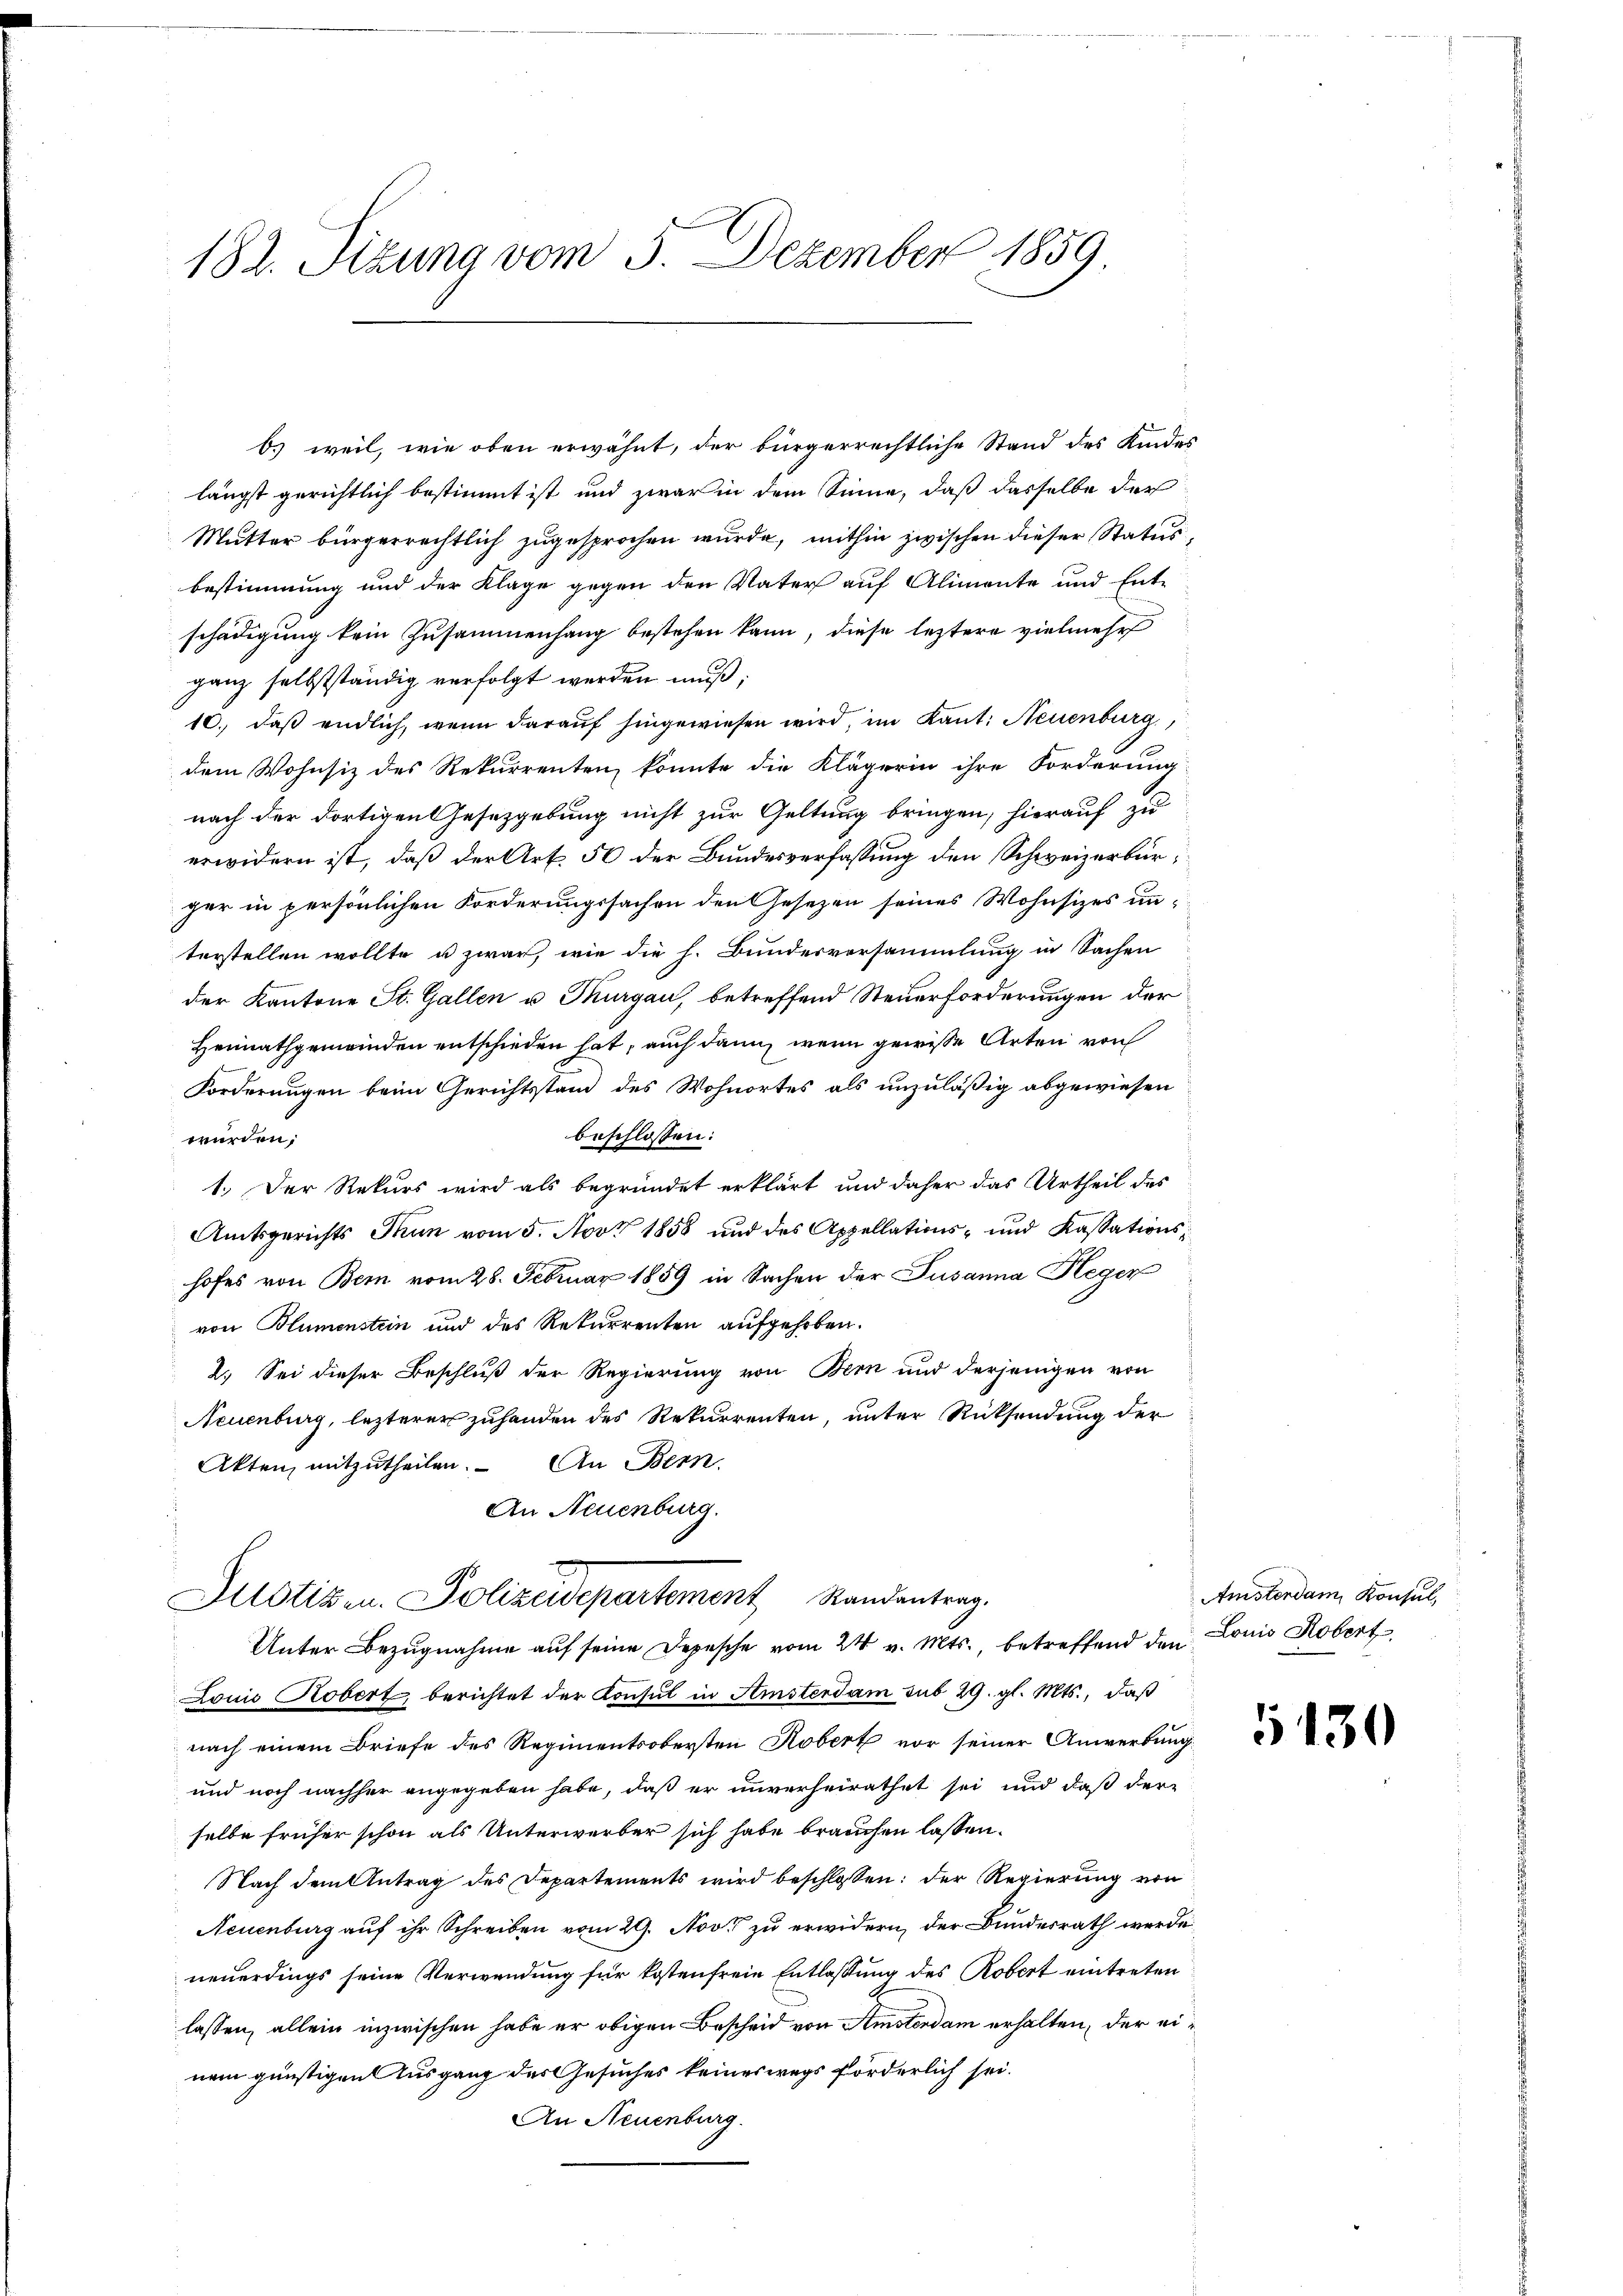
182. Setzung vom 3. Dezember 1859

b) weil, wie oben erwähnt, der bürgerrechtliche Stand des Kindes
längst gerichtlich bestimmt ist und zwar in dem Sinne, daß dasselbe der
Mutter bürgerrechtlich zugesprochen wurde, mithin zwischen dieser Statusbestimmung und der Klage gegen den Vater auf Alimente und Ent-
schädigung kein Zusammenhang bestehen kann, diese leztere vielmehr
ganz selbstständig verfolgt werden muß;
10.) daß endlich, wenn darauf hingewiesen wird, im Kant. Neuenburg,
dem Wohnsiz des Rekurrenten konnte die Klägerin ihre Forderung:
nach der dortigen Gesetzgebung nicht zur Geltung bringen, hierauf zu
erwidern ist, daß der Art. 56 der Bundesverfassung den Schweizerbürger in persönlichen Forderungssachen den Gesetzen seines Wohnsizes unterstellen wollte u zwar, wie die h. Bundesversammlung in Sachen
der Kantone St. Gallen u. Thurgau, betreffend Steuerforderungen der
Heimathgemeinden entschieden hat, auch dann, wenn gewisse Arten von
Forderungen beim Gerichtsstand des Wohnortes als unzuläßig abgewiesen
beschlossen:
würden;
1.) Der Rekurs wird als begründet erklärt und daher das Urtheil des
Amtsgerichts Thun vom 5. Nov 1858 und des Appellations- und Kassationshofes von Bei vom 28. Februar 1859 in Sachen der Susanna Heger
von Blumenstein und des Rekurrenten aufgehoben.
2. Sei dieser Beschluß der Regierung von Bern und derjenigen von
Neuenburg, lezterer zuhanden des Rekurrenten, unter Rücksendung der
Akten, mitzutheilen. An Bern.
An Neuenburg.
Justizen. Polizeidepartement Standentrag.
Unter Bezugnahme auf seine Depesche vom 24. v. Mts., betreffend den
Lonić Kobert, berichtet der Konsul in Amsterdam sub 29. gl. Mts., daß
nach einem Briefe des Regimentsobersten Kobert vor seiner Anwerbung
und noch nachher angegeben habe, daß er unverheirathet sei, und daß der-
selbe früher schon als Unterwerber sich habe brauchen lassen.
Nach dem Antrag des Departements wird beschlossen: der Regierung von
Neuenburg auf ihr Schreiben vom 29. Nov. zu erwidern, der Bundesrath werde
neuerdings seine Verwendung für kostenfreie Entlaßung des Robert eintreten
lassen, allein inzwischen habe er obigen Bescheid von Amstendam erhalten, der einem günstigen Ausgang des Gesuches keineswegs förderlich sei.
An Neuenburg.

Amstendam Konsul,
Lonis Robert

130